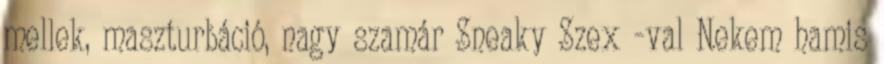
mellek, maszturbáció, nagy szamár Sneaky Szex -val Nekem hamis